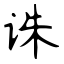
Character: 诛